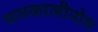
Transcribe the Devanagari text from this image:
समकालीनोम